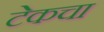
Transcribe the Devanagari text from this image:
टेकचा